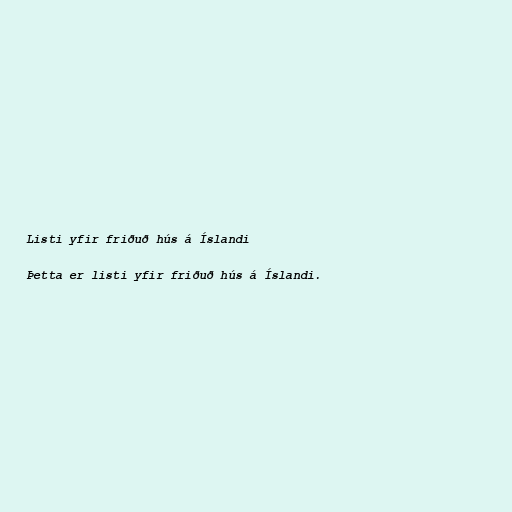
Listi yfir friðuð hús á Íslandi

Þetta er listi yfir friðuð hús á Íslandi.